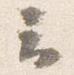
云